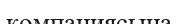
компаниясына